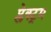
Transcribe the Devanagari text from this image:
प्लेक्ट्रम